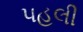
પહલી